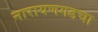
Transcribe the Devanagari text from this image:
नारायणगडचा